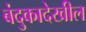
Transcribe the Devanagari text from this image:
बंदुकादेखील